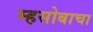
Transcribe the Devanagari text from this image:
म्हसोबाचा